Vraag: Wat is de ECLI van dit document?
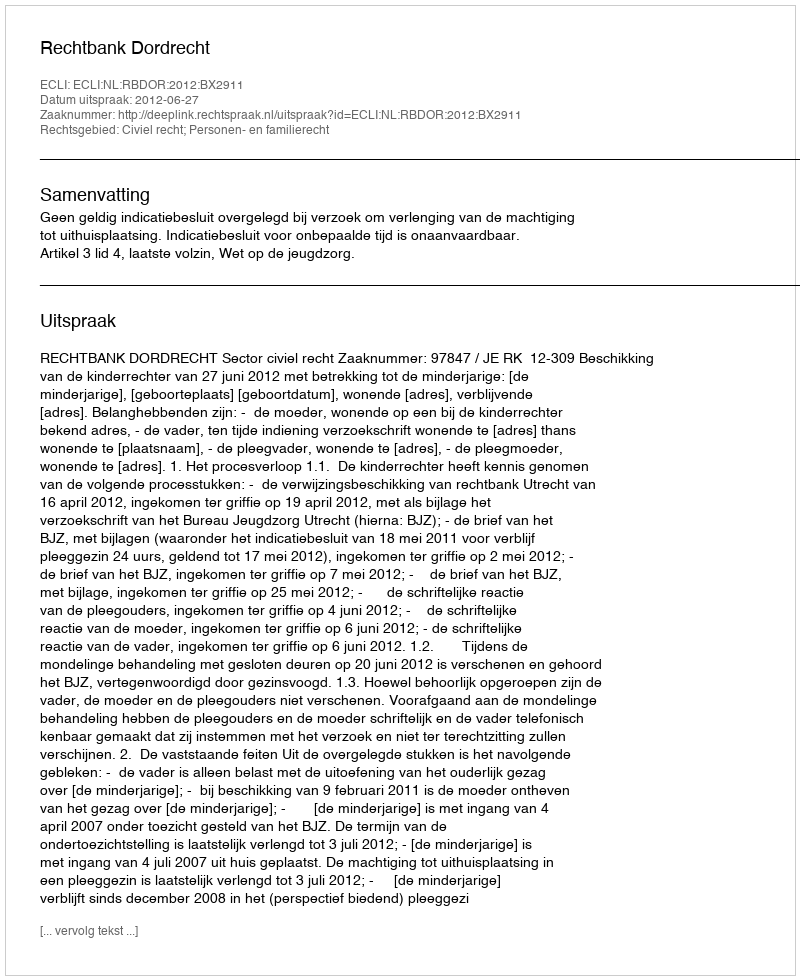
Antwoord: ECLI:NL:RBDOR:2012:BX2911